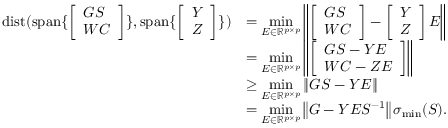
\begin{array} { r l } { { \mathrm { d i s t } } ( { \mathrm { s p a n } } \{ \left[ \begin{array} { l } { G S } \\ { W C } \end{array} \right] \} , { \mathrm { s p a n } } \{ \left[ \begin{array} { l } { Y } \\ { Z } \end{array} \right] \} ) } & { = \underset { E \in \mathbb { R } ^ { p \times p } } { \operatorname* { m i n } } \left\| \left[ \begin{array} { l } { G S } \\ { W C } \end{array} \right] - \left[ \begin{array} { l } { Y } \\ { Z } \end{array} \right] E \right\| } \\ & { = \underset { E \in \mathbb { R } ^ { p \times p } } { \operatorname* { m i n } } \left\| \left[ \begin{array} { l } { G S - Y E } \\ { W C - Z E } \end{array} \right] \right\| } \\ & { \geq \underset { E \in \mathbb { R } ^ { p \times p } } { \operatorname* { m i n } } \left\| G S - Y E \right\| } \\ & { = \underset { E \in \mathbb { R } ^ { p \times p } } { \operatorname* { m i n } } \left\| G - Y E S ^ { - 1 } \right\| \sigma _ { \operatorname* { m i n } } ( S ) . } \end{array}